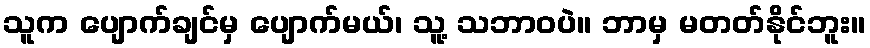
သူက ပျောက်ချင်မှ ပျောက်မယ်၊ သူ့ သဘာဝပဲ။ ဘာမှ မတတ်နိုင်ဘူး။